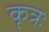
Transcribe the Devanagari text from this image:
कृत्रः